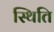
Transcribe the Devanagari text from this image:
स्थिति